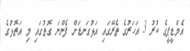
އެމްޑީޕީގެ ކުރު 3 އަހަރުގެ ތެރޭގައި އަޅުގަނޑަށް ފެންނަ ގޮތުގައި މި އަތޮޅުގެ